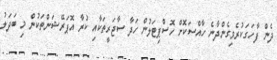
ދެން ފާހަގަކުރެވިގެންދާނެ ހާއްސަކޮށް ހޮސްޕިޓަލުން ހަދާ ސާޖަރީތަކާއި ކުރާ އޮޕަރޭޝަންތަކުން މި ބަދަލު